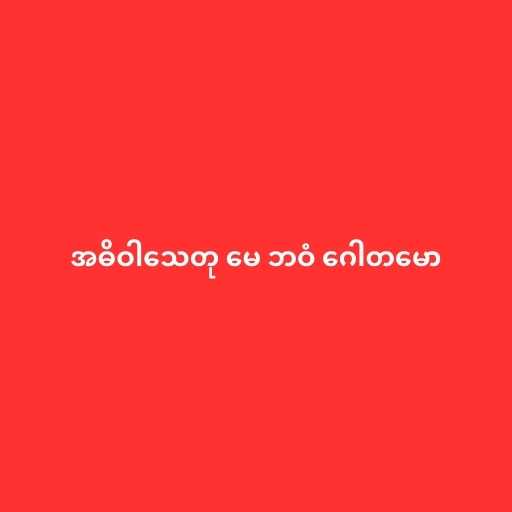
အဓိဝါသေတု မေ ဘဝံ ဂေါတမော